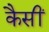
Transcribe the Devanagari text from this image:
कैसीं